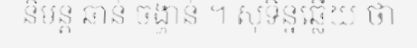
និមន្ត ឆាន់ ចង្ហាន់ ។ សុទិន្នឆ្លើយ ថា